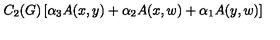
C _ { 2 } ( G ) \left[ \alpha _ { 3 } A ( x , y ) + \alpha _ { 2 } A ( x , w ) + \alpha _ { 1 } A ( y , w ) \right]